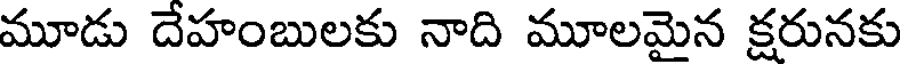
మూడు దేహంబులకు నాది మూలమైన క్షరునకు